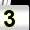
Digit: 3